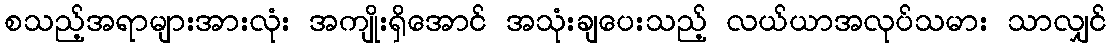
စသည့်အရာများအားလုံး အကျိုးရှိအောင် အသုံးချပေးသည့် လယ်ယာအလုပ်သမား သာလျှင်